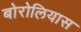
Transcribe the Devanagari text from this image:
बोरोलियास